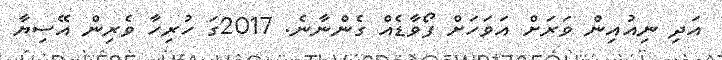
އަދި ނިއުއިން ވަރަށް އަވަހަށް ފޯވާޑެއް ގެންނާނެ. 2017ގަ ހުރިހާ ވެރިން އޭސިޔާ